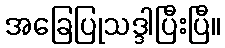
အခြေပြုသဒ္ဒါပြီးပြီ။